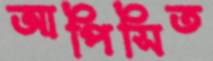
আপিসিত